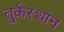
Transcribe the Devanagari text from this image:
तु्र्कस्थान